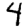
Digit: 4